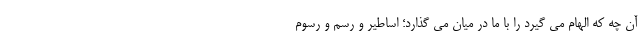
آن چه که الهام می گیرد را با ما در میان می گذارد؛ اساطیر و رسم و رسوم